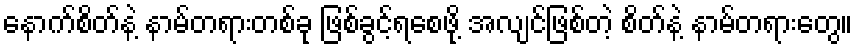
နောက်စိတ်နဲ့ နာမ်တရားတစ်ခု ဖြစ်ခွင့်ရစေဖို့ အလျင်ဖြစ်တဲ့ စိတ်နဲ့ နာမ်တရားတွေ။